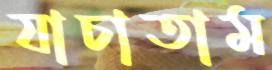
যাচাতাম